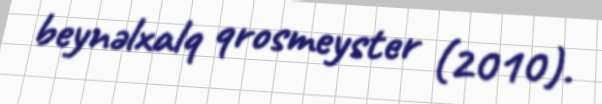
beynəlxalq qrosmeyster (2010).